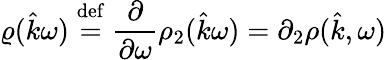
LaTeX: \varrho(\hat{k}\omega)\stackrel{\mathrm{def}}{=}\frac{\partial}{\partial\omega}\rho_{2}(\hat{k}\omega)=\partial_{2}\rho(\hat{k},\omega)